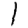
Digit: 1